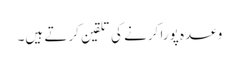
وعدہ پورا کرنے کی تلقین کرتے ہیں۔